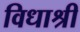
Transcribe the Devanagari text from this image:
विधाश्री